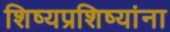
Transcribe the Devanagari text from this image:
शिष्यप्रशिष्यांना